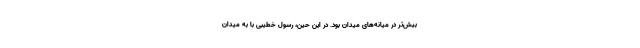
بیش‌تر در میانه‌های میدان بود. در این حین، رسول خطیبی با به میدان